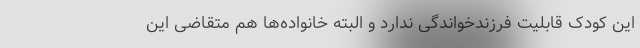
این کودک قابلیت فرزندخواندگی ندارد و البته خانواده‌ها هم متقاضی این